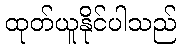
ထုတ်ယူနိုင်ပါသည်